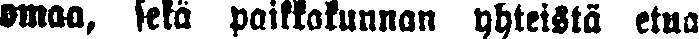
omaa, sekä paikkakunnan yhteistä etua